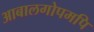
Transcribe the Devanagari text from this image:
आबालगोपमपि